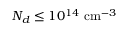
N _ { d } \leq 1 0 ^ { 1 4 } \ensuremath { ~ \mathrm { c m } ^ { - 3 } }